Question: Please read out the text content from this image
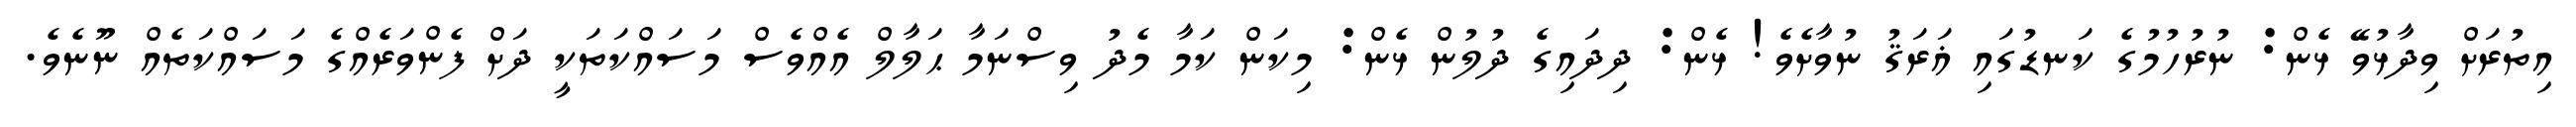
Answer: އިތުރަށް ވިދާޅުވޭ ޅެން: ނުރުހުމުގެ ކަނޑުގައި ޣަރަޤު ނުވާށެވެ! ޅެން: ދިދައިގެ ދުލުން ޅެން: މިކަން ކަމާ މެދު ވިސްނަމާ ޙަލާލް އެއްވެސް މަސައްކަތަކީ ދަށް ފެންވަރެއްގެ މަސައްކަތެއް ނޫނެވެ.